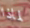
لماذا